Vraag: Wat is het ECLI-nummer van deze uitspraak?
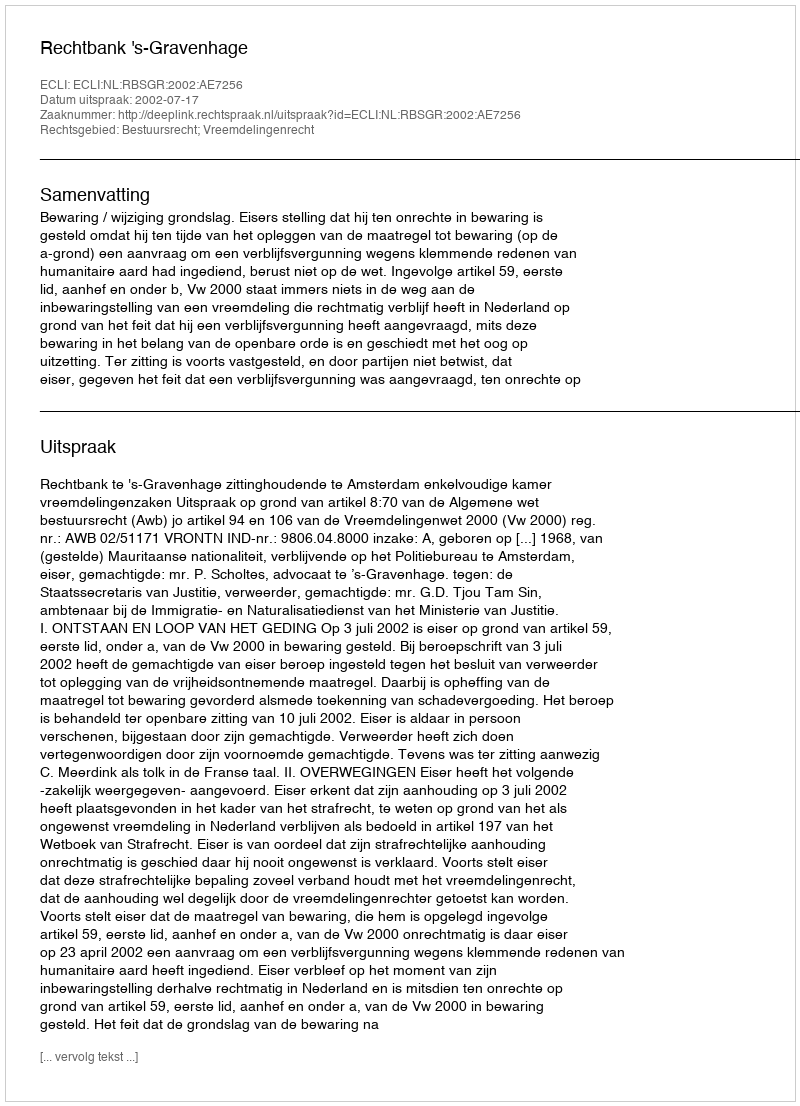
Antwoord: ECLI:NL:RBSGR:2002:AE7256